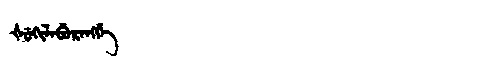
Manchu: ᡧᡠᡴᡳᠯᠠᠪᡠᡵᠠᠩᡤᡝ
Romanization: ŠUKILABURANGGE